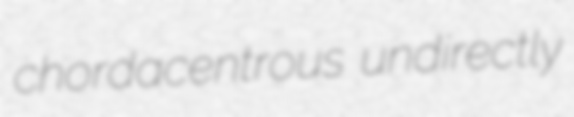
chordacentrous undirectly